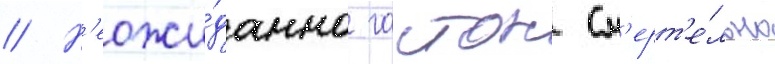
// Н'еожи́данно гастон см'ерт'е́льно